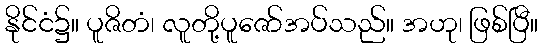
နိုင်ငံ၌။ ပူဇိတံ၊ လူတို့ပူဇော်အပ်သည်။ အဟု၊ ဖြစ်ပြီ။